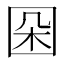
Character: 𡇙